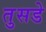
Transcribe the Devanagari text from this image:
तुसडे